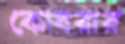
কোবরার